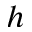
h